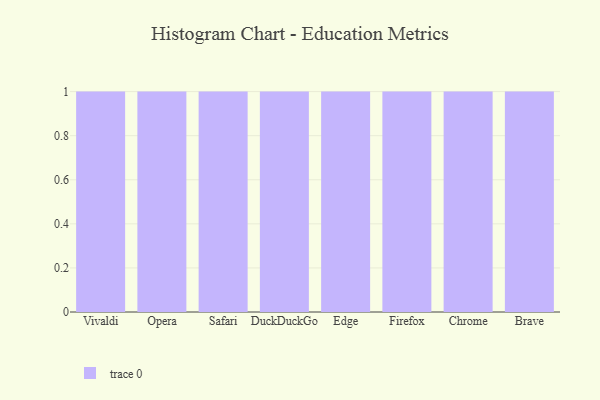
{"axis": {"x": "Browser", "y": "Latency (ms)"}, "legend": [""], "data": [{"x": "Vivaldi", "y": 79, "type": ""}, {"x": "Opera", "y": 21, "type": ""}, {"x": "Safari", "y": 89, "type": ""}, {"x": "DuckDuckGo", "y": 69, "type": ""}, {"x": "Edge", "y": 30, "type": ""}, {"x": "Firefox", "y": 64, "type": ""}, {"x": "Chrome", "y": 32, "type": ""}, {"x": "Brave", "y": 92, "type": ""}]}